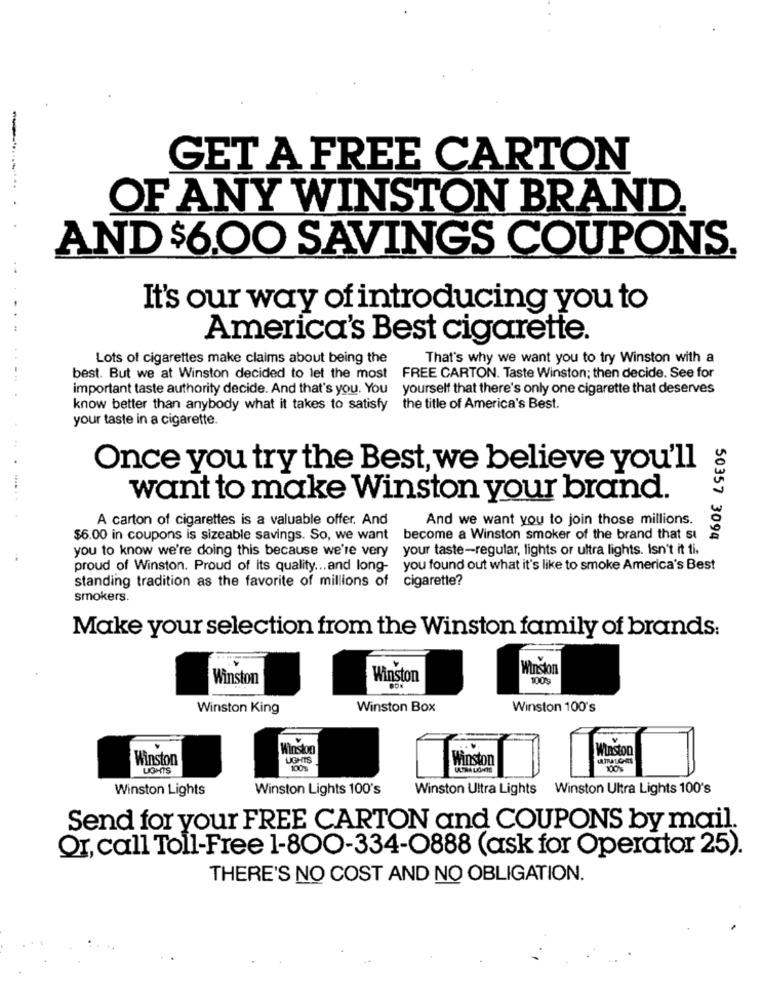
-
GET A FREE CARTON
OF ANY WINSTON BRAND.
AND $6.00 SAVINGS COUPONS.
It's our way of introducing you to
America's Best cigarette.
Lots of cigarettes make claims about being the
That's why we want you to try Winston with a
best. But we at Winston decided to let the most FREE CARTON. Taste Winston; then decide. See for
important taste authority decide. And that's you. You yourself that there's only one cigarette that deserves
know better than anybody what it takes to satisfy the title of America's Best.
your taste in a cigarette.
Once you try the Best, we believe you'll
want to make Winston your brand.
A carton of cigarettes is a valuable offer. And
And we want you to join those millions.
$6.00 in coupons is sizeable savings. So, we want become a Winston smoker of the brand that st
50357 3094
you to know we're doing this because we're very your taste-regular, lights or ultra lights. Isn't it ti.
proud of Winston. Proud of its quality ... and long- you found out what it's like to smoke America's Best
standing tradition as the favorite of millions of cigarette?
smokers.
Make your selection from the Winston family of brands:
Winston
Winston
Winston
1009
Winston King
Winston Box
Winston 100's
Winston
Winston
Winston
LIGHTS
Winston
LATRALC-MS
LIGHTS
100%
Winston Lights
Winston Lights 100's
Winston Ultra Lights Winston Ultra Lights 100's
Send for your FREE CARTON and COUPONS by mail.
Or, call Toll-Free 1-800-334-0888 (ask for Operator 25).
THERE'S NO COST AND NO OBLIGATION.